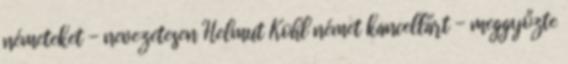
németeket - nevezetesen Helmut Kohl német kancellárt - meggyőzte